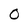
Character: o